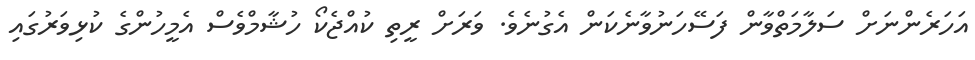
އަހަރެންނަށް ސަލާމަތްވާން ފަސޭހަނުވާނެކަން އެގުނެވެ. ވަރަށް ރީތި ކުއްޖެކޯ ހުޝާމްވެސް އެމީހުންގެ ކުޅިވަރުގައި